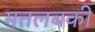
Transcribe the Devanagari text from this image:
मतलबकी